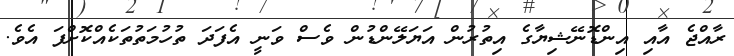
ރާއްޖެ އާއި އިންޑޮނޭޝިޔާގެ އިތުރުން އަޔަލޭންޑުން ވެސް ވަނީ އެފަދަ ތުހުމަތުތަކެއްކޮށްފަ އެވެ.